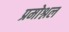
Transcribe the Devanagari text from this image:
प्रमोश्नल